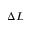
\Delta L